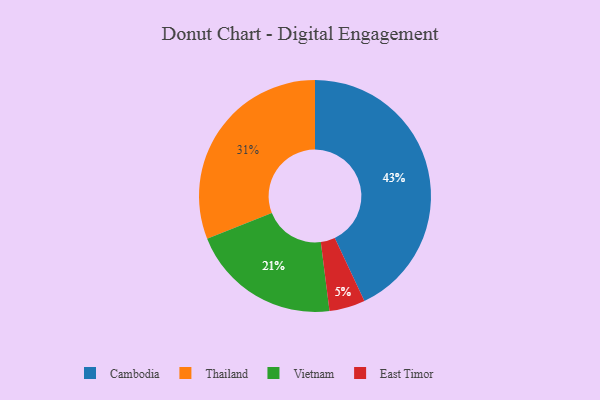
{"axis": {"x": "Category", "y": "Percentage"}, "legend": ["Cambodia", "East Timor", "Thailand", "Vietnam"], "data": [{"x": "Thailand", "y": 31, "type": "Thailand"}, {"x": "Vietnam", "y": 21, "type": "Vietnam"}, {"x": "East Timor", "y": 5, "type": "East Timor"}, {"x": "Cambodia", "y": 43, "type": "Cambodia"}]}